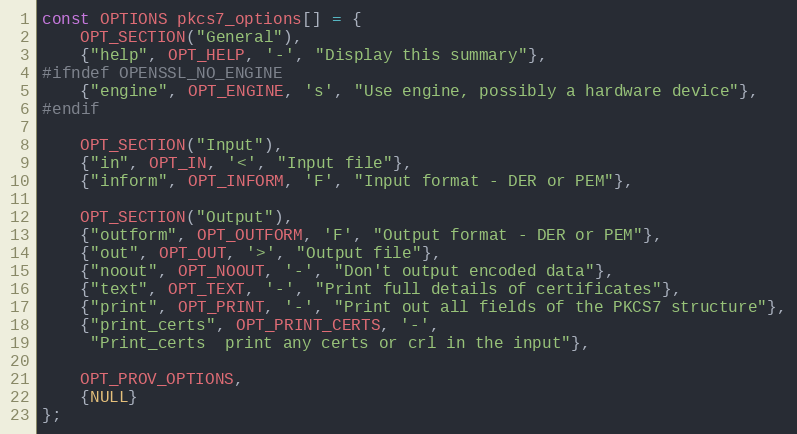
Language: C
const OPTIONS pkcs7_options[] = {
    OPT_SECTION("General"),
    {"help", OPT_HELP, '-', "Display this summary"},
#ifndef OPENSSL_NO_ENGINE
    {"engine", OPT_ENGINE, 's', "Use engine, possibly a hardware device"},
#endif

    OPT_SECTION("Input"),
    {"in", OPT_IN, '<', "Input file"},
    {"inform", OPT_INFORM, 'F', "Input format - DER or PEM"},

    OPT_SECTION("Output"),
    {"outform", OPT_OUTFORM, 'F', "Output format - DER or PEM"},
    {"out", OPT_OUT, '>', "Output file"},
    {"noout", OPT_NOOUT, '-', "Don't output encoded data"},
    {"text", OPT_TEXT, '-', "Print full details of certificates"},
    {"print", OPT_PRINT, '-', "Print out all fields of the PKCS7 structure"},
    {"print_certs", OPT_PRINT_CERTS, '-',
     "Print_certs  print any certs or crl in the input"},

    OPT_PROV_OPTIONS,
    {NULL}
};